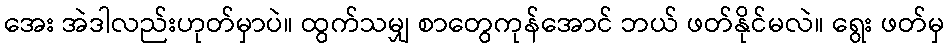
အေး အဲဒါလည်းဟုတ်မှာပဲ။ ထွက်သမျှ စာတွေကုန်အောင် ဘယ် ဖတ်နိုင်မလဲ။ ရွေး ဖတ်မှ